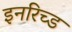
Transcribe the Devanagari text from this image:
इनरिच्ड